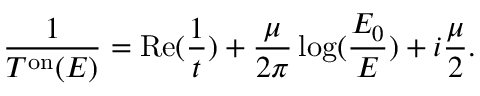
\frac { 1 } { T ^ { \mathrm { o n } } ( E ) } = \mathrm { R e } ( \frac { 1 } { t } ) + \frac { \mu } { 2 \pi } \log ( \frac { E _ { 0 } } { E } ) + i \frac { \mu } { 2 } .